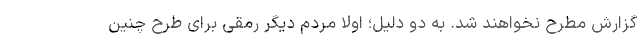
گزارش مطرح نخواهند شد. به دو دلیل؛ اولا مردم دیگر رمقی برای طرح چنین